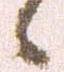
候